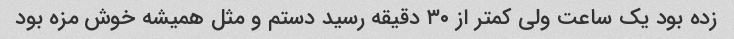
زده بود یک ساعت ولی کمتر از ۳۰ دقیقه رسید دستم و مثل همیشه خوش مزه بود